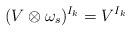
LaTeX: \begin{align*}(V \otimes \omega_s)^{I_k} = V^{I_k}\end{align*}